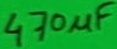
Text: 470µF